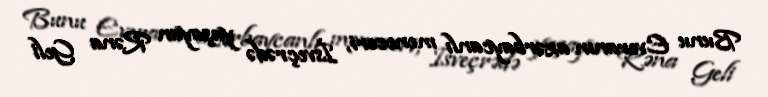
Bunu Everanın azərbaycanlı meneceri, İsveçrədə yaşayan Rəna Geli